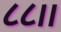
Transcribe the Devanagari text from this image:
८८।।